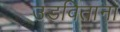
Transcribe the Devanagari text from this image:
उडविताना